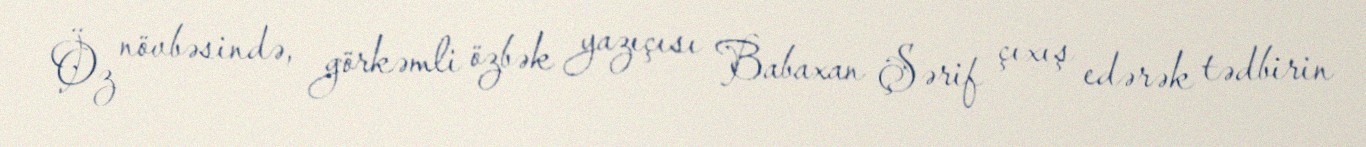
Öz növbəsində, görkəmli özbək yazıçısı Babaxan Şərif çıxış edərək tədbirin